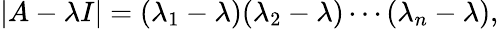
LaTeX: |A-\lambda I|=(\lambda_{1}-\lambda)(\lambda_{2}-\lambda)\cdots(\lambda_{n}-\lambda),